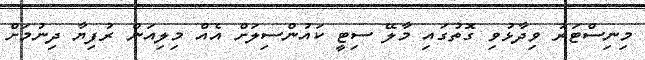
މިނިސްޓަރު ވިދާޅުވި ގޮތުގައި މާލޭ ސިޓީ ކައުންސިލަށް އެއް މިލިއަން ރުފިޔާ ދިނުމަށް